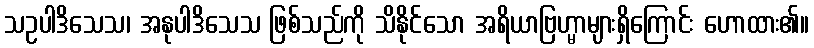
သဥပါဒိသေသ၊ အနုပါဒိသေသ ဖြစ်သည်ကို သိနိုင်သော အရိယာဗြဟ္မာများရှိကြောင်း ဟောထား၏။